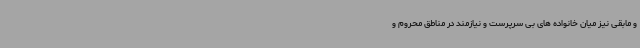
و مابقی نیز میان خانواده های بی سرپرست و نیازمند در مناطق محروم و